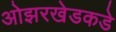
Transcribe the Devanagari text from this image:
ओझरखेडकडे